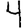
Digit: 4